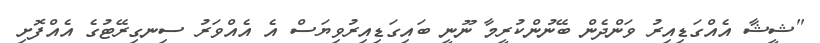
"ޝީޝާ އެއްގަޑިއިރު ވަންދެން ބޭނުންކުރީމާ ނޫނީ ބައިގަޑިއިރުވިޔަސް އެ އެއްވަރު ސިނގިރޭޓުގެ އެއްފޮށި